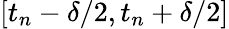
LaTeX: [t_{n}-\delta/2,t_{n}+\delta/2]